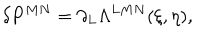
\delta P ^ { M N } = \partial _ { L } \Lambda ^ { L M N } ( \xi , \eta ) ,